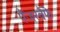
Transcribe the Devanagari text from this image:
पैंजरवैफे